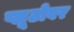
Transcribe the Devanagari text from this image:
प्लूटोवर